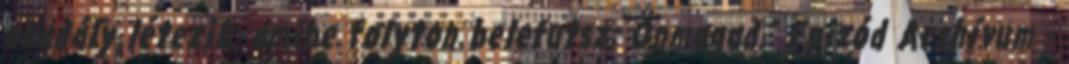
akadály létezik, amibe folyton belefutsz: Önmagad." Epizód Archívum -